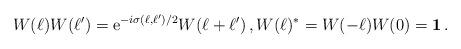
LaTeX: \begin{align*} W(\ell)W(\ell') = {\rm e}^{-i\sigma(\ell,\ell')/2}W(\ell + \ell') \,, W(\ell)^* = W(-\ell) W(0) = {\bf 1}\,.\end{align*}